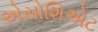
એસોશિએટ